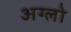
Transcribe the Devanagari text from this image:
अग्लो